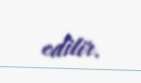
edilir.